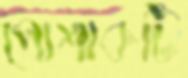
পোশাকটি